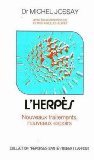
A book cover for Herpes (French Edition); Michel Jossay; Health, Fitness & Dieting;